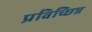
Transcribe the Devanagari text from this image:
प्रविच्छिन्न